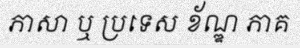
ភាសា ឬ ប្រទេស ខ័ណ្ឌ ភាគ